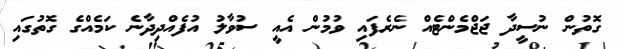
ގޮތުން ނުސީދާ ޖަޖްމެންޓެއް ނެރެފައި ވުމުން އެއީ ސުވާލު އުފެއްދިދާނެ ކަމެެއްގެ ގޮތުގައި